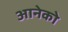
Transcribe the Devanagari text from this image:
आनेको